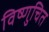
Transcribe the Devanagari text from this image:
विष्णुचित